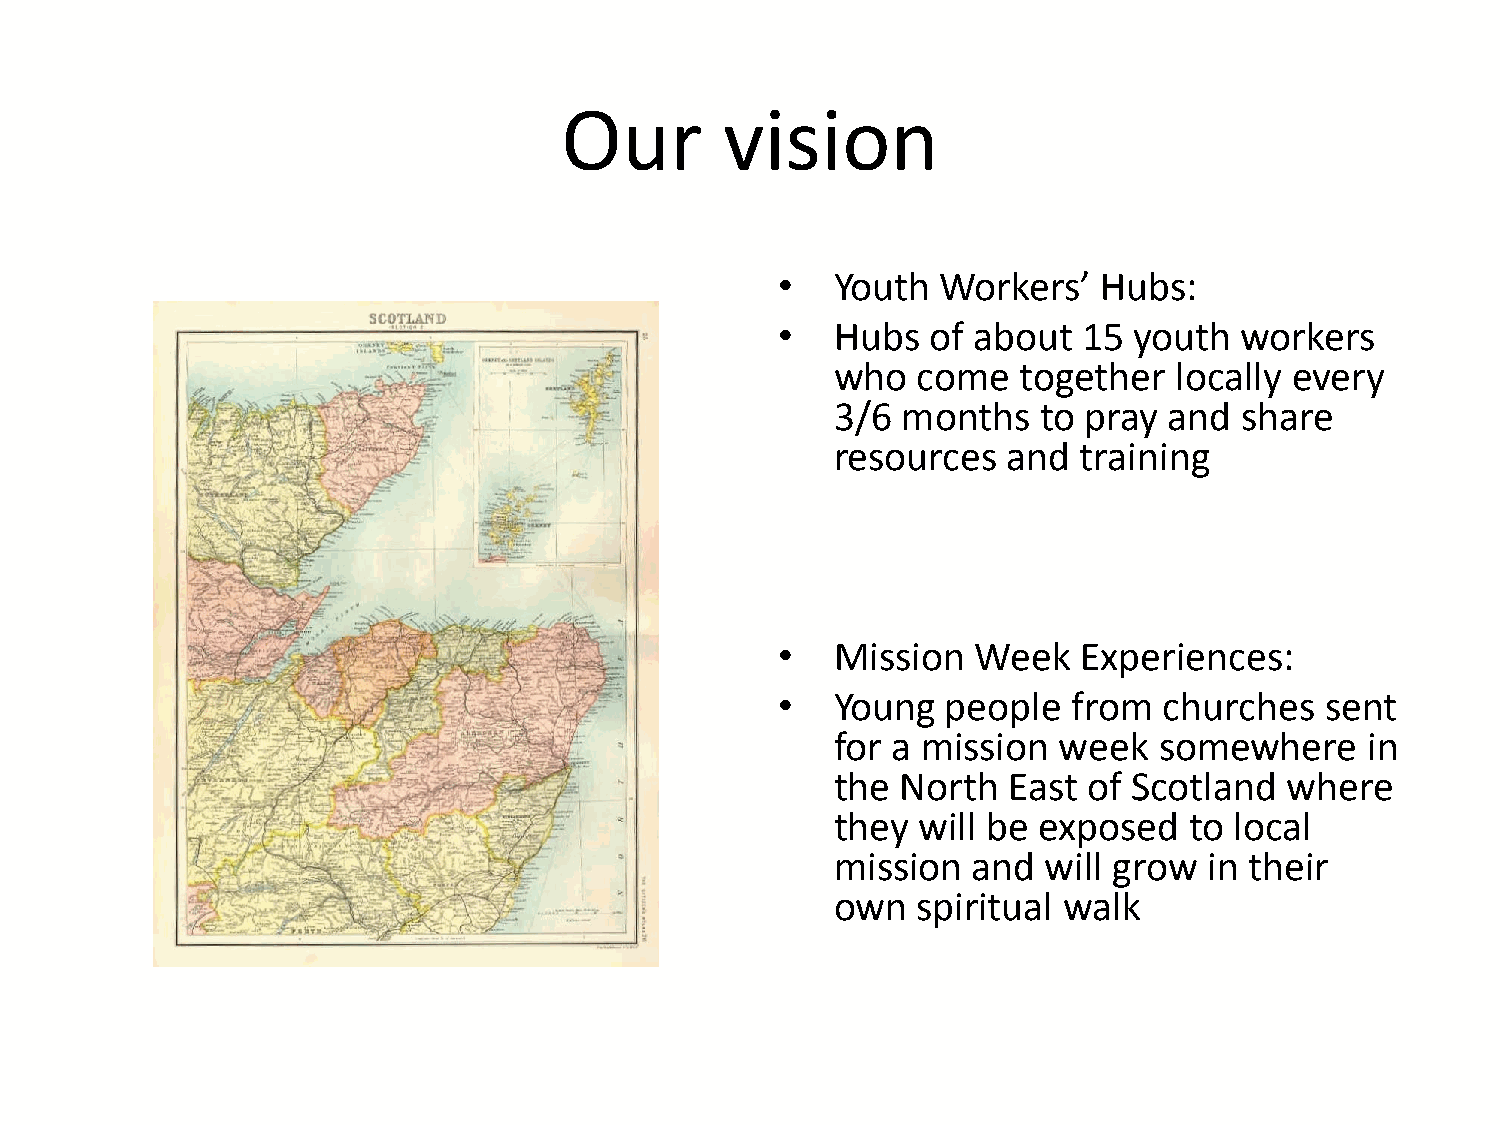
Our        vision
 •   Youth  Workers’   Hubs:
 •   Hubs   of about  15 youth  workers
 who   come  together   locally every
 3/6  months   to pray and  share
 resources   and  training
 •   Mission   Week   Experiences:
 •   Young   people  from  churches   sent
 for a mission  week   somewhere     in
 the  North  East of Scotland  where
 they  will be exposed   to local
 mission  and  will grow  in their
 own   spiritual walk